Reports on dispensaries and lunatic asylums in the Province of Oudh - 1869-1876
Year: 1869
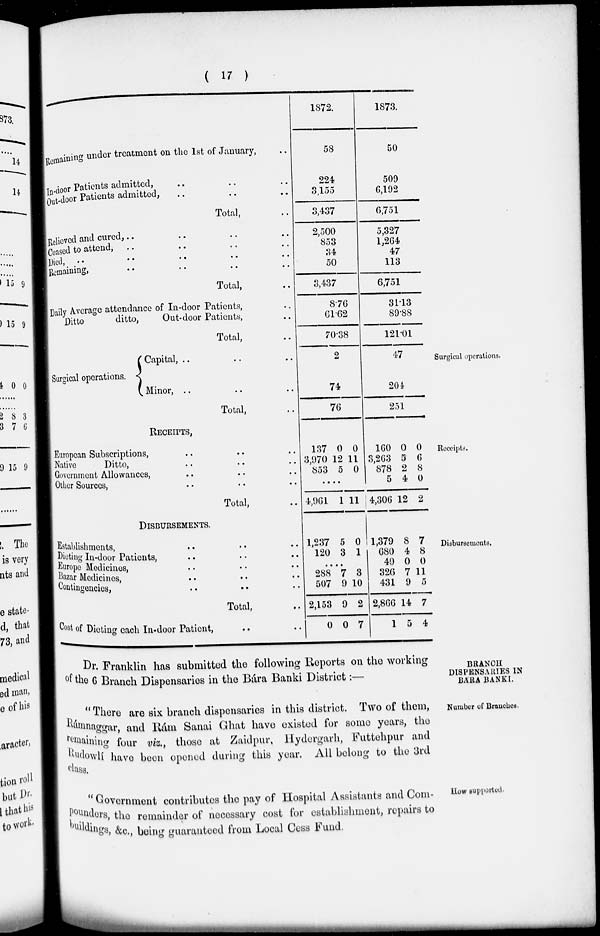
( 17 )
Remaining under treatment on the 1st of January, ..
In-door Patients admitted, .. .. ..
Out-door Patients admitted, .. .. ..
Total, ..
Relieved and cured, .. .. .. ..
Ceased to attend, .. .. .. ..
Died, .. .. .. ..
Remaining, .. .. .. ..
Total, ..
Daily Average attendance of In-door Patients, ..
Ditto
ditto,
Out-door Patients, ..
Total, ..
1872.
58
224
3,155
3,437
2,500
853
34
50
3,437
8.76
61.62
70.38
1873.
50
509
6,192
6,751
5,327
1,264
47
113
6,751
31.13
89.88
121.01
Surgical operations.
Surgical operations.
Capital, .. .. ..
Minor, .. .. ..
Total, ..
2
74
76
47
204
251
Receipts.
RECEIPTS,
European Subscriptions, .. .. ..
Native
Ditto, .. .. ..
Government Allowances, .. .. ..
Other Sources, .. .. ..
Total, ..
137
3,970
853
0
12
5
0
11
0
......
4,961 1 11
160
3,263
878
5
4,306
0
5
2
4
12
0
6
8
0
2
Disbursements,
DISBURSEMENTS.
Establishments, .. .. ..
Dieting In-door Patients, .. .. ..
Europe Medicines, .. .. ..
Bazar Medicines, .. .. ..
Contingencies, .. .. ..
Total, ..
Cost of Dieting each In-door Patient, .. ..
1,237
120
5
3
0
1
......
288
507
2,153
0
7
9
9
0
3
10
2
7
1,379
680
49
326
431
2,866
1
8
4
0
7
9
14
5
7
8
0
11
5
7
4
BRANCH
DISPENSARIES IN
BÁRA BANKI.
Dr. Franklin has submitted the following Reports on the working
of the 6 Branch Dispensaries in the Bára Banki District:—
Number of Branches.
" There are six branch dispensaries in this district. Two of them,
Rámnaggar, and Rám Sanai Ghat have existed for some years, the
remaining four viz., those at Zaidpur, Hydergarh, Futtehpur and
Rudowlí have been opened during this year. All belong to the 3rd
How supported.
" Government contributes the pay of Hospital Assistants and Com-
pounder s, the remainder of necessary cost for establishment, repairs to
buildings,
&c., being guaranteed from Local Cess Fund.